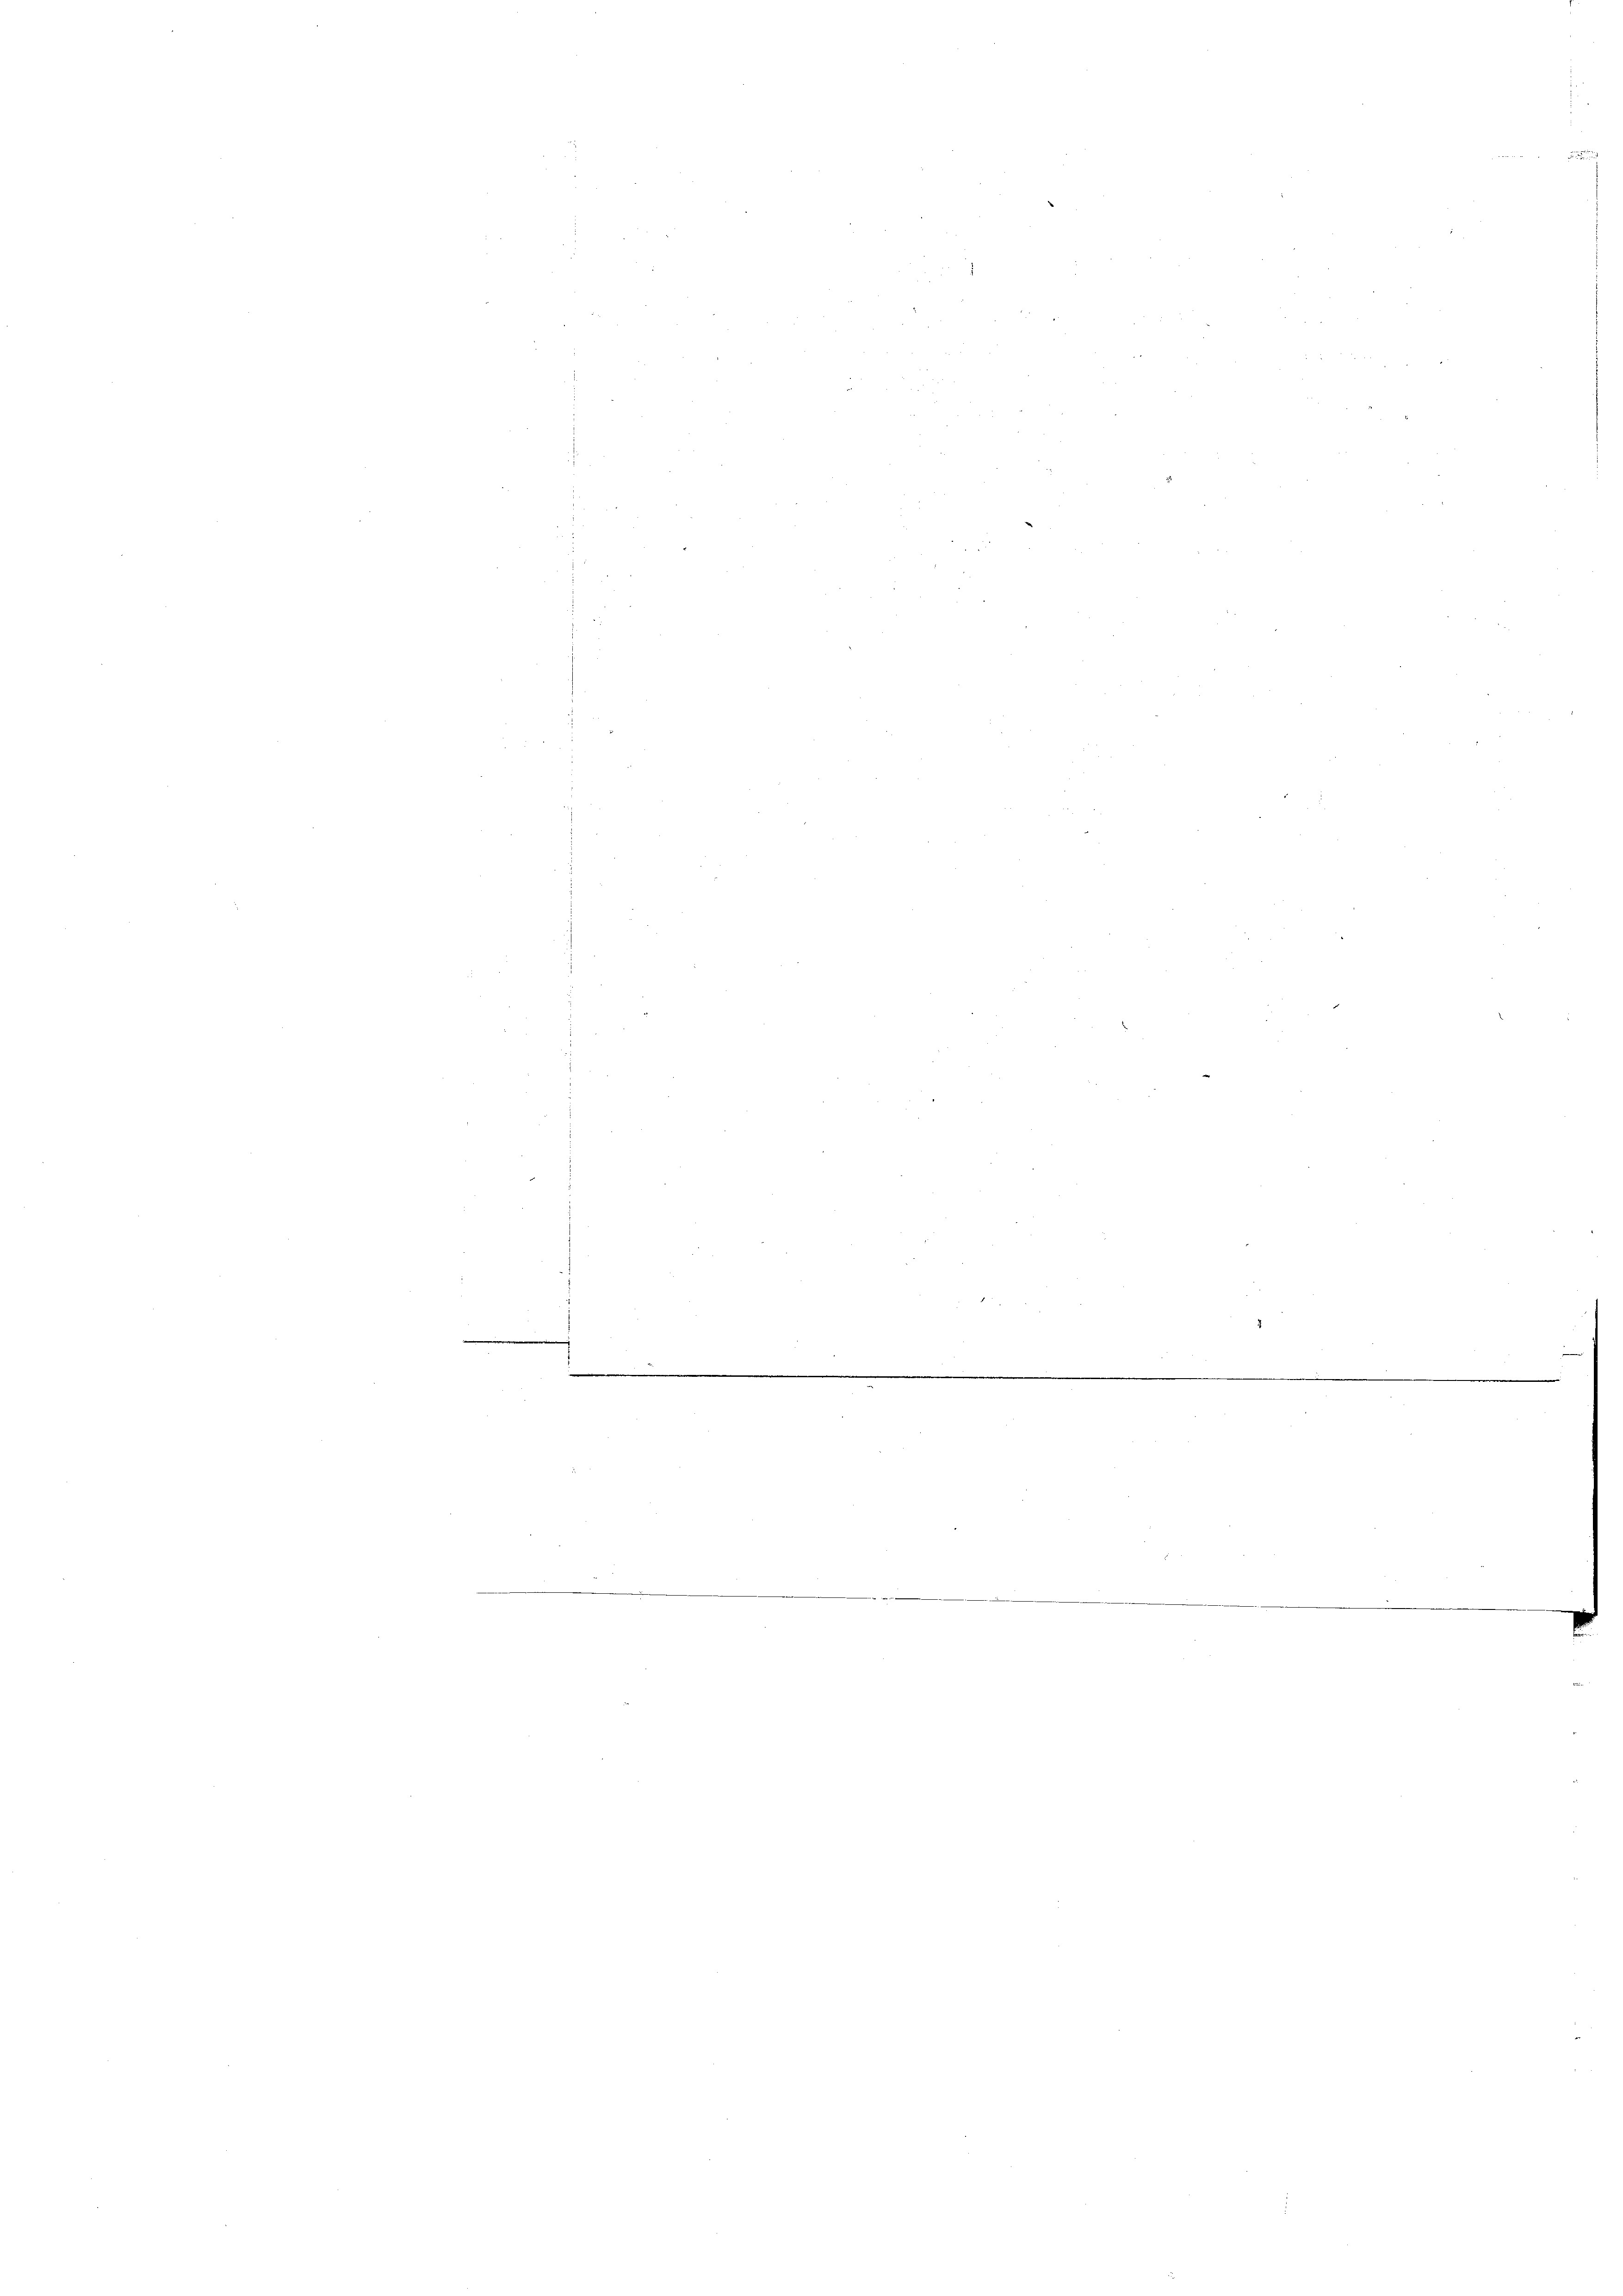
e
u
e
a

f
¬
e
e
.
.
 u wie war wie wir in ich in an eine

d